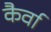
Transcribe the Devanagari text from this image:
कैर्वा